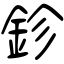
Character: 鉁